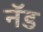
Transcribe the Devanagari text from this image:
नॅड